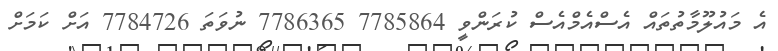
އެ މައުލޫމާތުތައް އެސްއެމްއެސް ކުރަންވީ 7785864 7786365 ނުވަތަ 7784726 އަށް ކަމަށް